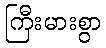
ကြီးမားစွာ